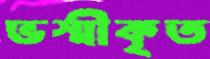
ভস্মীকৃত